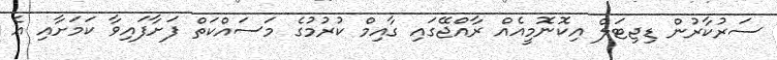
ސަރުކާރުން ޑިޖިޓަލް އިކޮނޮމީއެއް ރާއްޖޭގައި ގާއިމް ކުރުމުގެ މަސައްކަތް ފަށާފައިވާ ކަމަށާއި އެ